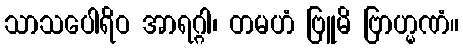
သာသပေါရိဝ အာရဂ္ဂါ၊ တမဟံ ဗြူမိ ဗြာဟ္မဏံ။